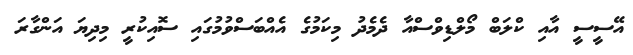
އޭސީސީ އާއި ކްލަބް މޯލްޑިވްސްއާ ދެމެދު މިކަމުގެ އެއްބަސްވުމުގައި ސޮއިކުރީ މިދިޔަ އަންގާރަ